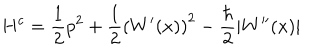
H ^ { c } = \frac { 1 } { 2 } p ^ { 2 } + \frac { 1 } { 2 } \left( W ^ { \prime } ( x ) \right) ^ { 2 } - \frac { \hbar } { 2 } \left| W ^ { \prime \prime } ( x ) \right|